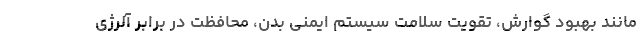
مانند بهبود گوارش، تقویت سلامت سیستم ایمنی بدن، محافظت در برابر آلرژی